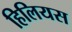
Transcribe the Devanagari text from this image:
हिलियस